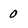
Character: 0